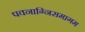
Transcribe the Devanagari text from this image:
पवनाग्निसमागम